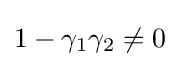
1-\gamma _{1}\gamma _{2}\neq 0